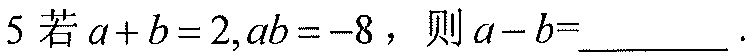
5 若\(a + b = 2,ab = - 8\)，则\(a - b=\)  ．